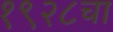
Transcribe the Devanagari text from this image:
१९२८चा